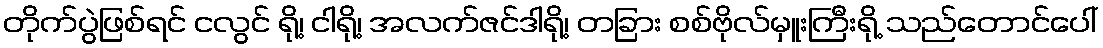
တိုက်ပွဲဖြစ်ရင် ငလွင် ရို့၊ ငါရို့၊ အလက်ဇင်ဒါရို့၊ တခြား စစ်ဗိုလ်မှူးကြီးရို့ သည်တောင်ပေါ်